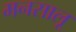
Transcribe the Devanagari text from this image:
मनसालू